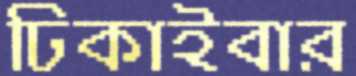
ঢিকাইবার